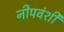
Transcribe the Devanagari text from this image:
नीपवंशी